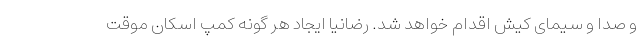
و صدا و سیمای کیش اقدام خواهد شد. رضانیا ایجاد هر گونه کمپ اسکان موقت